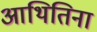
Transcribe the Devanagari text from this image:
आथितिना